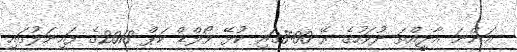
އަންނަ އާދީއްތަ ދުވަހުގެ ރޭ 8:00ގައި ކުޅޭ ވޯލްޑް ކަޕް 2018ގެ ފައިނަލުގައި